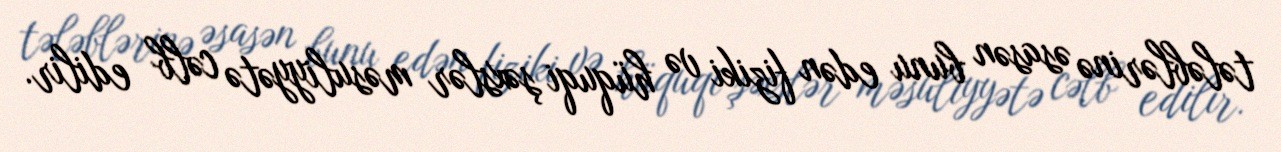
tələblərinə əsasən bunu edən fiziki və hüquqi şəxslər məsuliyyətə cəlb edilir.